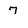
Character: 7